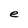
Character: e